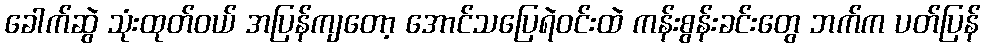
ခေါက်ဆွဲ သုံးထုတ်ဝယ် အပြန်ကျတော့ အောင်သပြေရဲဝင်းထဲ ကန်းစွန်းခင်းတွေ ဘက်က ပတ်ပြန်